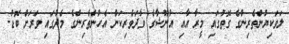
ލަވަކިޔުންތެރިންގެ ގޮތުގައި މީރާ އާއި އުނޫޝާގެ ވާދަވެރިކަން އެހުންތެރިންގެ މެދުގައި ވަރަށް ބޮޑު.